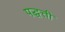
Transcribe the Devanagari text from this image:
पद्धत्ती